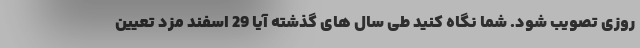
روزی تصویب شود. شما نگاه کنید طی سال های گذشته آیا 29 اسفند مزد تعیین